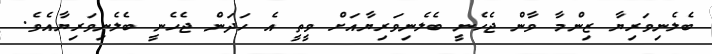
ބެލެނިވަރިޔާ ޒިންމާ ވާން ޖެހެނީ ބެލެނިވަރިޔާއަށް ވީތީ އެ ހަދަން ޖެހެނީ ބެލެނިވަރިޔާއެވެ.